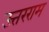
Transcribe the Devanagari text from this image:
उत्तरराम